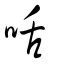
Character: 咶